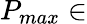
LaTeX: P_{max}\in